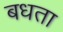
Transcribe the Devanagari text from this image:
बधता